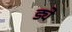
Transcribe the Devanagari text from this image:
ड्ये